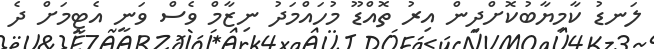
ލަނޑު ކާމިޔާބުކޮށްދިން އިރު ތޮއްޑޫ މުހައްމަދު ނިޒާމް ވެސް ވަނީ އެޓީމަށް ދެ